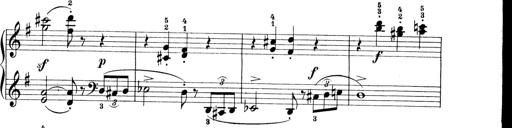
Title: Preis-Sonatine
Composer: Ernst James Bremner